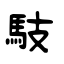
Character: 馶